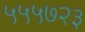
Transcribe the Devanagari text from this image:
५५५७२३